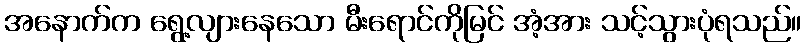
အနောက်က ရွေ့လျားနေသော မီးရောင်ကိုမြင် အံ့အား သင့်သွားပုံရသည်။